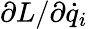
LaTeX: \partial L/\partial{\dot{q}}_{i}